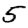
Digit: 5